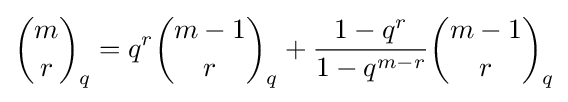
{\binom {m}{r}}_{q}=q^{r}{\binom {m-1}{r}}_{q}+{\frac {1-q^{r}}{1-q^{m-r}}}{\binom {m-1}{r}}_{q}